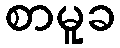
စာမူခ